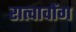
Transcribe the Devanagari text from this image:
रात्चावोंग